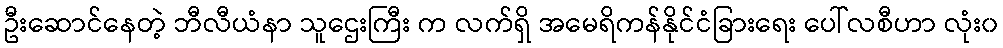
ဦးဆောင်နေတဲ့ ဘီလီယံနာ သူဌေးကြီး က လက်ရှိ အမေရိကန်နိုင်ငံခြားရေး ပေါ်လစီဟာ လုံး၀